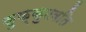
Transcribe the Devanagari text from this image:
कुक्कुटवति